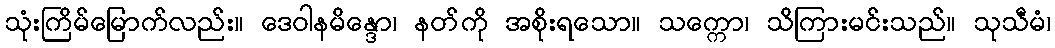
သုံးကြိမ်မြောက်လည်း။ ဒေဝါနမိန္ဒော၊ နတ်ကို အစိုးရသော။ သက္ကော၊ သိကြားမင်းသည်။ သုသီမံ၊